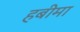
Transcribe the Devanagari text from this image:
हबीमा